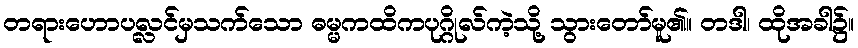
တရားဟောပလ္လင်မှသက်သော ဓမ္မကထိကပုဂ္ဂိုလ်ကဲ့သို့ သွားတော်မူ၏။ တဒါ၊ ထိုအခါ၌။